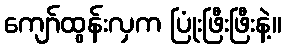
ကျော်ထွန်းလှက ပြုံးဖြီးဖြီးနဲ့။